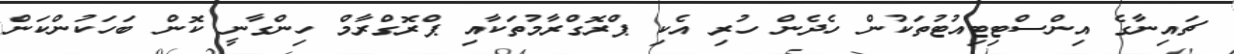
ޗައިނާގެ އިންސްޓިޓިއުޓުތަކުން ހެދެން ހުރި އެކި ޕްރޮގްރާމުތަކާއި ޕްރޮގްރާމް ހިންގާނީ ކޮން ބަހަކުންކަން